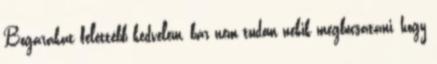
Bogarakat felettébb kedvelem, bár nem tudom nekik megbocsátani, hogy